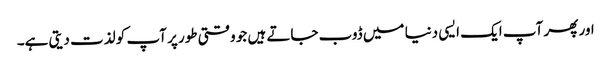
اور پھر آپ ایک ایسی دنیا میں ڈوب جاتے ہیں جو وقتی طور پر آپ کو لذت دیتی ہے۔